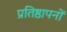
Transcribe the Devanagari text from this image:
प्रतिष्ठापनों